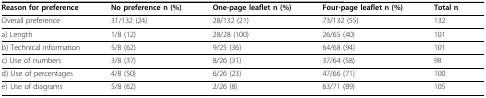
| Reason for preference | No preference n (%) | One-page leaflet n (%) | Four-page leaflet n (%) | Total n |
 | --- | --- | --- | --- | --- |
 | Overall preference | 31/132 (24) | 28/132 (21) | 73/132 (55) | 132 |
 | a) Length | 1/8 (12) | 28/28 (100) | 26/65 (40) | 101 |
 | b) Technical information | 5/8 (62) | 9/25 (36) | 64/68 (94) | 101 |
 | c) Use of numbers | 3/8 (37) | 8/26 (31) | 37/64 (58) | 98 |
 | d) Use of percentages | 4/8 (50) | 6/26 (23) | 47/66 (71) | 100 |
 | e) Use of diagrams | 5/8 (62) | 2/26 (8) | 63/71 (89) | 105 |